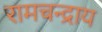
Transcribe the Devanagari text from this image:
रामचन्द्राय